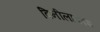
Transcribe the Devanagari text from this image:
विनीलाकाश